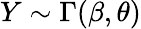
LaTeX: Y\sim\Gamma(\beta,\theta)